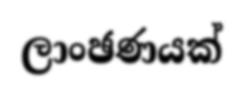
ලාංඡණයක්